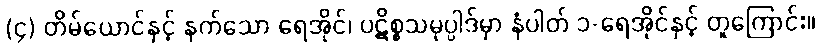
(၄) တိမ်ယောင်နှင့် နက်သော ရေအိုင်၊ ပဋိစ္စသမုပ္ပါဒ်မှာ နံပါတ် ၁-ရေအိုင်နှင့် တူကြောင်း။